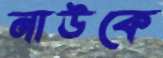
নাউকে